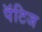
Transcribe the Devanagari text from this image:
पॅटिज